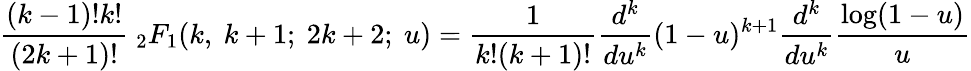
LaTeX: \frac{(k-1)!k!}{(2k+1)!}{\ }_{2}F_{1}(k,\ k+1;\ 2k+2;\ u)=\frac{1}{k!(k+1)!}\frac{d^{k}}{du^{k}}(1-u)^{k+1}\frac{d^{k}}{du^{k}}\frac{\log(1-u)}{u}